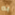
به